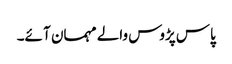
پاس پڑوس والے مہمان آ ئے۔